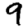
Digit: 9